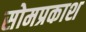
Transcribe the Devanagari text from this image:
सोमप्रकाश